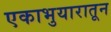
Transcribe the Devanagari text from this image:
एकाभुयारातून